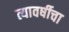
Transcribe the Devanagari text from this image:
त्यावर्षीचा